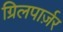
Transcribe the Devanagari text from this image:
ग्रिलपार्ज़र